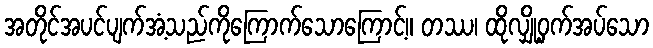
အတိုင်အပင်ပျက်အံ့သည်ကိုကြောက်သောကြောင့်။ တဿ၊ ထိုလျှို့ဝှက်အပ်သော